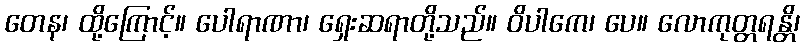
တေန၊ ထို့ကြောင့်။ ပေါရာဏာ၊ ရှေးဆရာတို့သည်။ ဝိပါကေ၊ ပေ။ လောကုတ္တရန္တိ၊